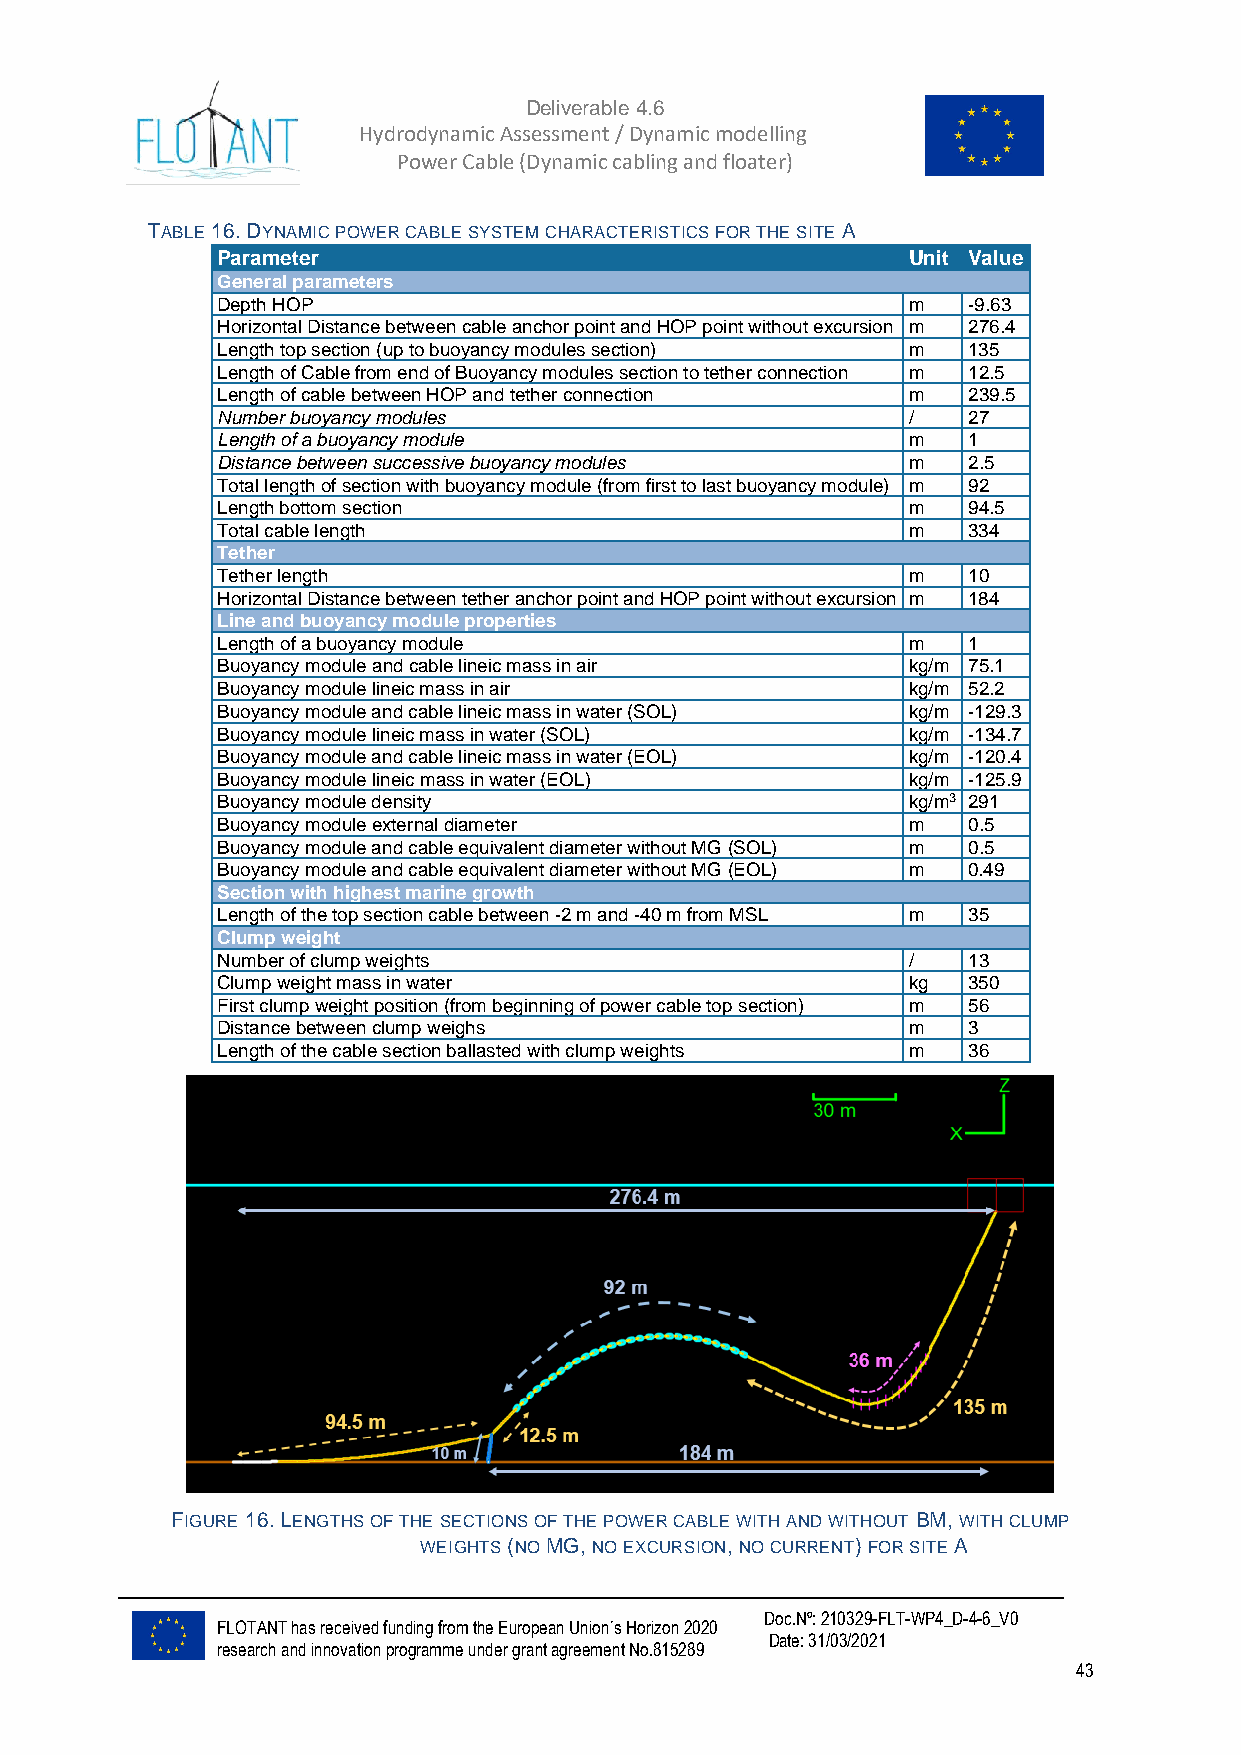
Deliverable 4.6
 Hydrodynamic Assessment / Dynamic modelling of
 Power Cable (Dynamic cabling and floater)
 TABLE 16. DYNAMIC POWER CABLE SYSTEM CHARACTERISTICS FOR THE SITE A
 Parameter                                     Unit Value
 General parameters
 Depth HOP                                     m   -9.63
 Horizontal Distance between cable anchor point and HOP point without excursion m 276.4
 Length top section (up to buoyancy modules section) m 135
 Length of Cable from end of Buoyancy modules section to tether connection m 12.5
 Length of cable between HOP and tether connection m 239.5
 Number buoyancy modules                       /   27
 Length of a buoyancy module                   m   1
 Distance between successive buoyancy modules  m   2.5
 Total length of section with buoyancy module (from first to last buoyancy module) m 92
 Length bottom section                         m   94.5
 Total cable length                            m   334
 Tether
 Tether length                                 m   10
 Horizontal Distance between tether anchor point and HOP point without excursion m 184
 Line and buoyancy module properties
 Length of a buoyancy module                   m   1
 Buoyancy module and cable lineic mass in air  kg/m 75.1
 Buoyancy module lineic mass in air            kg/m 52.2
 Buoyancy module and cable lineic mass in water (SOL) kg/m -129.3
 Buoyancy module lineic mass in water (SOL)    kg/m -134.7
 Buoyancy module and cable lineic mass in water (EOL) kg/m -120.4
 Buoyancy module lineic mass in water (EOL)    kg/m -125.9
 Buoyancy module density                       kg/m3 291
 Buoyancy module external diameter             m   0.5
 Buoyancy module and cable equivalent diameter without MG (SOL) m 0.5
 Buoyancy module and cable equivalent diameter without MG (EOL) m 0.49
 Section with highest marine growth
 Length of the top section cable between -2 m and -40 m from MSL m 35
 Clump weight
 Number of clump weights                       /   13
 Clump weight mass in water                    kg  350
 First clump weight position (from beginning of power cable top section) m 56
 Distance between clump weighs                 m   3
 Length of the cable section ballasted with clump weights m 36
 FIGURE 16. LENGTHS OF THE SECTIONS OF THE POWER CABLE WITH AND WITHOUT BM, WITH CLUMP
 WEIGHTS (NO MG, NO EXCURSION, NO CURRENT) FOR SITE A
 Doc.Nº: 210329-FLT-WP4_D-4-6_V0
 FLOTANT has received funding from the European Union´s Horizon 2020
 Date: 31/03/2021
 research and innovation programme under grant agreement No.815289
 43